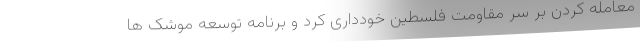
معامله کردن بر سر مقاومت فلسطین خودداری کرد و برنامه توسعه موشک‌ ها